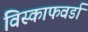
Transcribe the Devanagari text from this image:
विस्काफवर्डा